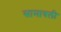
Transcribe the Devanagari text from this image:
सामावली